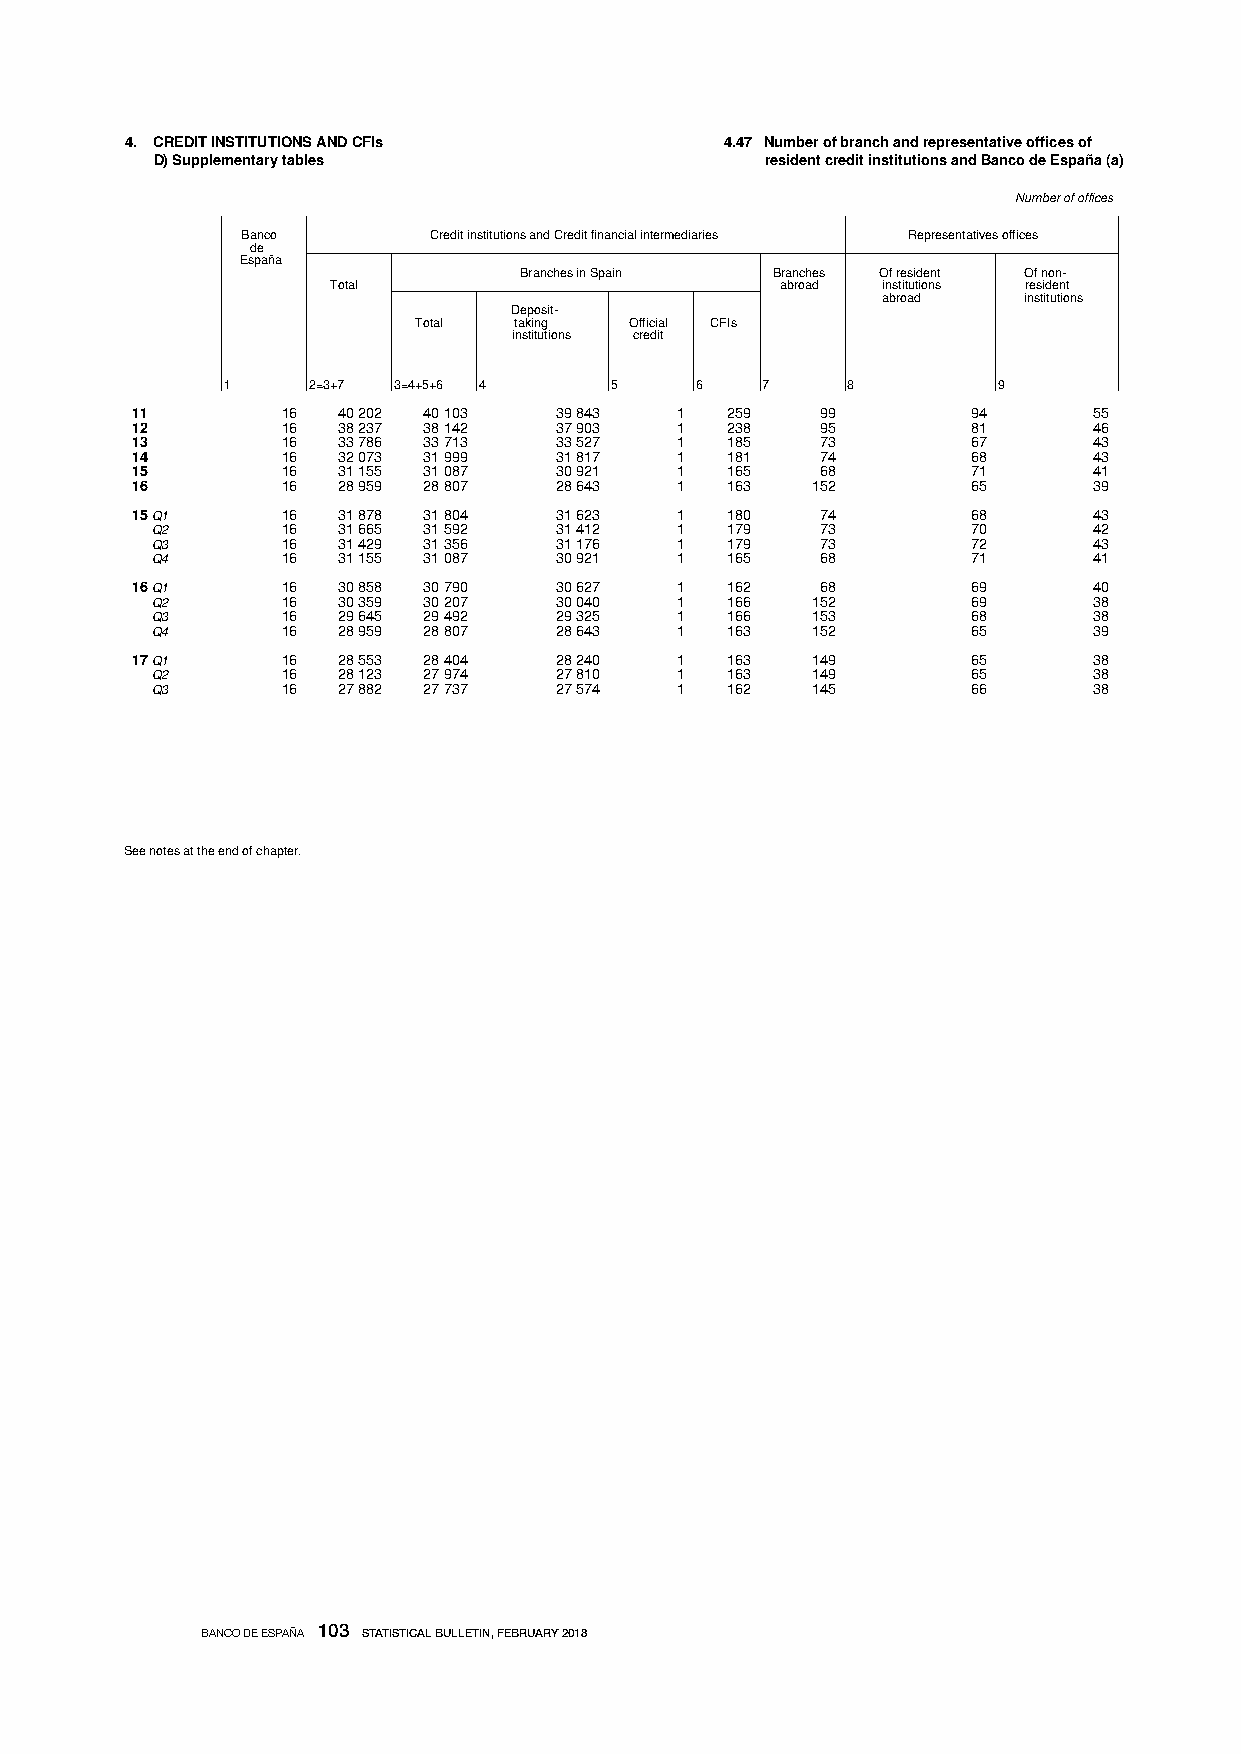
4. CREDIT INSTITUTIONS AND CFIs         4.47 Number of branch and representative offices of
 D) Supplementary tables                  resident credit institutions and Banco de España (a)
 Number of offices
 Banco       Credit institutions and Credit financial intermediaries Representatives offices
 de
 España
 Branches in Spain Branches Of resident Of non-
 Total                         abroad institutions resident
 abroad    institutions
 Deposit-
 Total  taking  Official CFIs
 institutions credit
 1    2=3+ 7 3=4+ 5 + 6 4 5     6   7     8         9
 11        16 40 202 40 103  39 843  1  259   99        94      55
 12        16 38 237 38 142  37 903  1  238   95        81      46
 13        16 33 786 33 713  33 527  1  185   73        67      43
 14        16 32 073 31 999  31 817  1  181   74        68      43
 15        16 31 155 31 087  30 921  1  165   68        71      41
 16        16 28 959 28 807  28 643  1  163   152       65      39
 15 Q1     16 31 878 31 804  31 623  1  180   74        68      43
 Q2       16 31 665 31 592  31 412  1  179   73        70      42
 Q3       16 31 429 31 356  31 176  1  179   73        72      43
 Q4       16 31 155 31 087  30 921  1  165   68        71      41
 16 Q1     16 30 858 30 790  30 627  1  162   68        69      40
 Q2       16 30 359 30 207  30 040  1  166   152       69      38
 Q3       16 29 645 29 492  29 325  1  166   153       68      38
 Q4       16 28 959 28 807  28 643  1  163   152       65      39
 17 Q1     16 28 553 28 404  28 240  1  163   149       65      38
 Q2       16 28 123 27 974  27 810  1  163   149       65      38
 Q3       16 27 882 27 737  27 574  1  162   145       66      38
 See notes at the end of chapter.
 BANCO DE ESPAÑA 103 STATISTICAL BULLETIN, FEBRUARY 2018